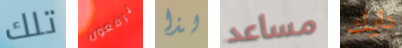
تلك يرفعون لذا مساعد دايك